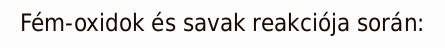
Fém-oxidok és savak reakciója során: